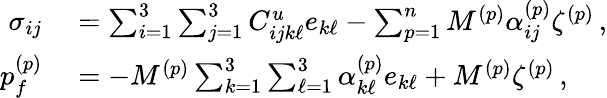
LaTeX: \begin{array}{rl}{\sigma_{ij}}&{{}=\sum_{i=1}^{3}\sum_{j=1}^{3}C_{ijk\ell}^{u}e_{k\ell}-\sum_{p=1}^{n}M^{(p)}\alpha_{ij}^{(p)}\zeta^{(p)}\, ,}\\ {p_{f}^{(p)}}&{{}=-M^{(p)}\sum_{k=1}^{3}\sum_{\ell=1}^{3}\alpha_{k\ell}^{(p)}e_{k\ell}+M^{(p)}\zeta^{(p)}\, ,}\end{array}